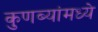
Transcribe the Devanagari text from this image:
कुणब्यांमध्ये